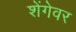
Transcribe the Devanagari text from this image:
शेंगेवर